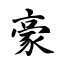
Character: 豪